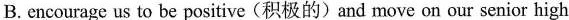
B.encourage us to be positive(积极的)and move on our senior high